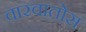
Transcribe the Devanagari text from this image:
वारवातोस